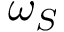
\omega _ { S }